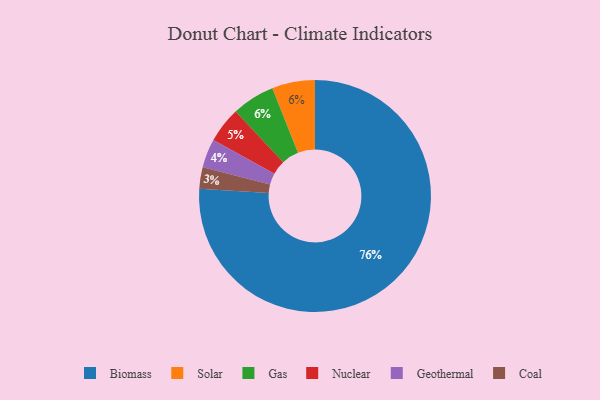
{"axis": {"x": "Category", "y": "Percentage"}, "legend": ["Biomass", "Coal", "Gas", "Geothermal", "Nuclear", "Solar"], "data": [{"x": "Coal", "y": 3, "type": "Coal"}, {"x": "Geothermal", "y": 4, "type": "Geothermal"}, {"x": "Solar", "y": 6, "type": "Solar"}, {"x": "Gas", "y": 6, "type": "Gas"}, {"x": "Nuclear", "y": 5, "type": "Nuclear"}, {"x": "Biomass", "y": 76, "type": "Biomass"}]}